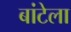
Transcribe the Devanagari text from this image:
बांटेला